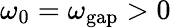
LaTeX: \omega_{0}=\omega_{\mathrm{gap}}>0